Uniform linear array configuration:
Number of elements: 24
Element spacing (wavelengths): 0.25
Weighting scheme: hamming
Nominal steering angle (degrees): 0
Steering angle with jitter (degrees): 0.07607
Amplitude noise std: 0.05
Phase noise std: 0.05

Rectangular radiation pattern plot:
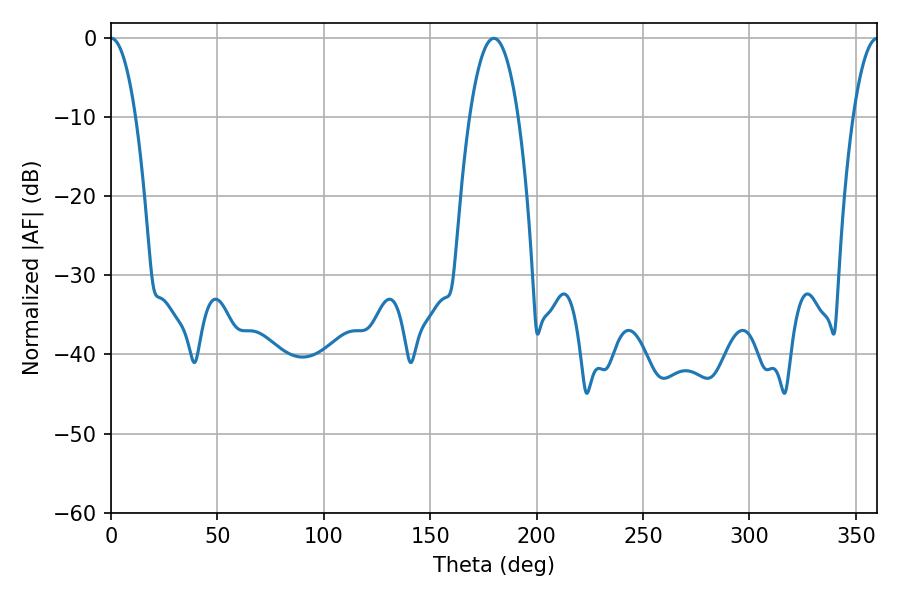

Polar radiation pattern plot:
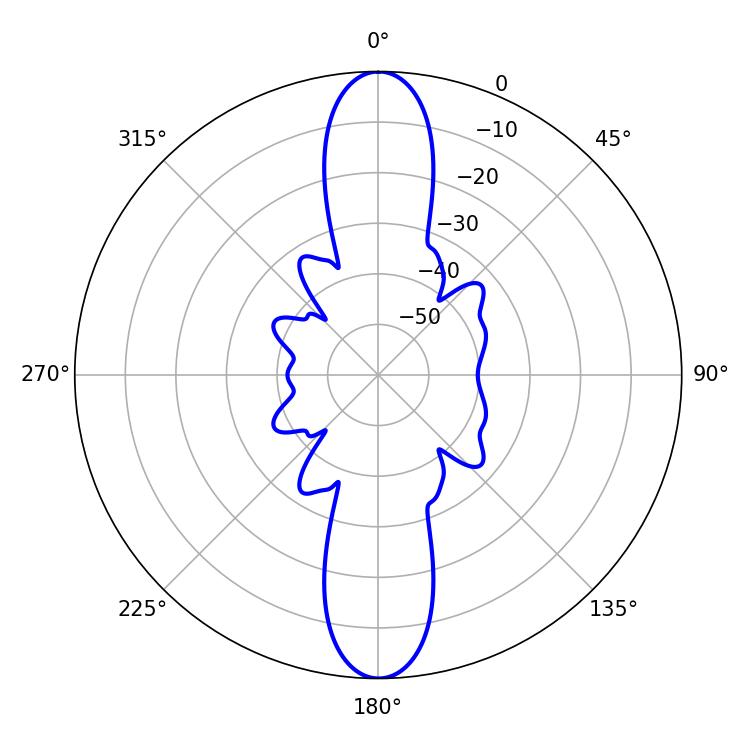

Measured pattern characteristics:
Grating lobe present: FALSE
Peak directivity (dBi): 32.748
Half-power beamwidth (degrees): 6.48
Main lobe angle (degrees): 0.18